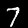
Digit: 7